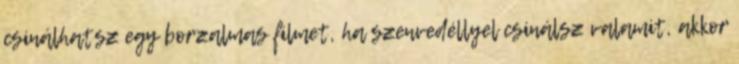
csinálhatsz egy borzalmas filmet, ha szenvedéllyel csinálsz valamit, akkor